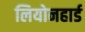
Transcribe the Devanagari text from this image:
लियोनहार्ड